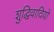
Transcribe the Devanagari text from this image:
शुद्धिवादियों